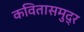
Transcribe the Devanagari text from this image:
कवितासमुद्र